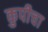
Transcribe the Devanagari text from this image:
कुपीचा